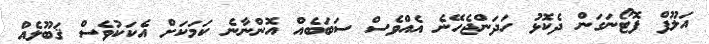
އަލޫފް ފޮޓޯނަގަން ދެކޮޅު ހަދަންޖެހޭނެ އެއްވެސް ސަބަބެއް އޮންނާނެ ކަމަކަށް އެކަކުވެސް ޤަބޫލެއް